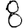
Digit: 8